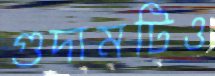
গুদামটিও